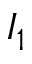
I _ { 1 }